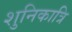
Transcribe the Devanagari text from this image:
शुनिकात्रि